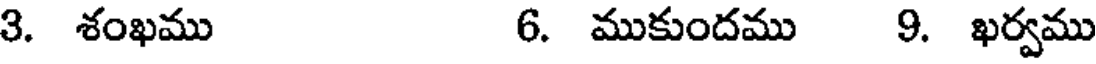
3. శంఖము 6. ముకుందము 9. ఖర్వము